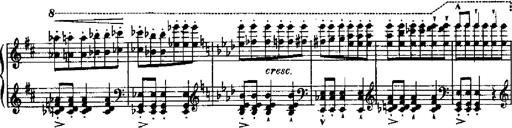
Title: RÃ©miniscences de Robert le diable
Composer: Franz Liszt